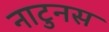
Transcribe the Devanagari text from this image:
नाटुनस